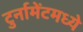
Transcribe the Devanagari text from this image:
टुर्नामेंटमध्ये